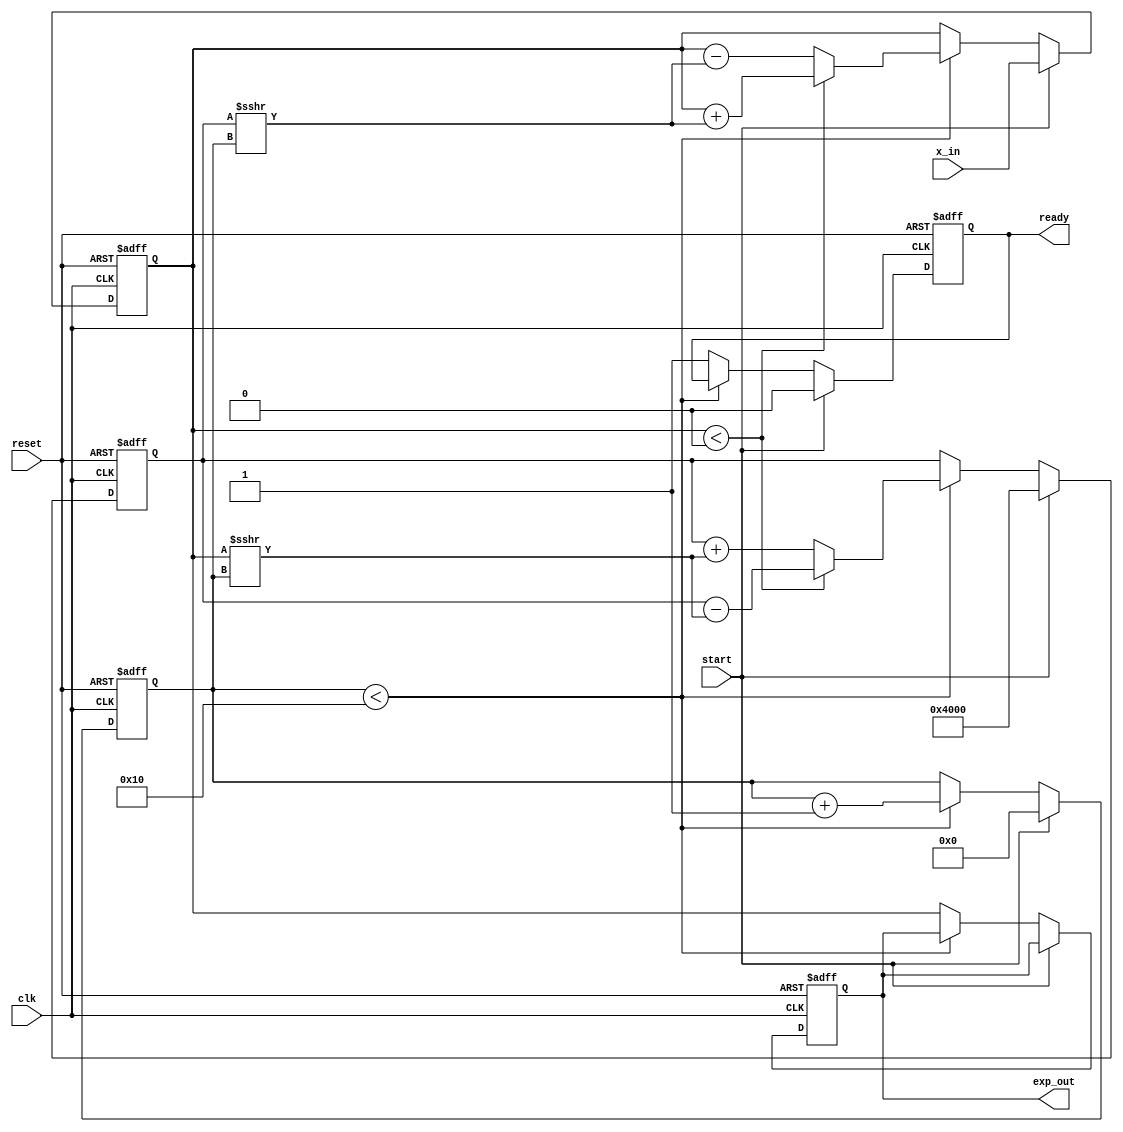
module cordic_exponential (
    input wire clk,
    input wire reset,
    input wire start,
    input wire [15:0] x_in, // Fixed-point input for x
    output reg [15:0] exp_out, // Fixed-point output for e^x
    output reg ready // Output ready signal
);

    // Parameters
    parameter NUM_ITERATIONS = 16; // Number of CORDIC iterations
    parameter FIXED_POINT_FRACTIONAL_BITS = 14; // Number of fractional bits
    parameter FIXED_POINT_SCALING_FACTOR = 16384; // 2^14

    // CORDIC angle lookup table (arctan values)
    reg [15:0] atan_table [0:NUM_ITERATIONS-1];
    initial begin
        atan_table[0] = 16'h0000; // atan(1) = 0
        atan_table[1] = 16'h3C90; // atan(0.5) = 26.565 degrees
        atan_table[2] = 16'h3A40; // atan(0.25) = 14.036 degrees
        atan_table[3] = 16'h3880; // atan(0.125) = 7.125 degrees
        // ... Fill in the rest of the atan_table
    end

    // Internal registers
    reg [15:0] x, y; // CORDIC coordinates
    reg [3:0] iteration; // Iteration counter
    reg [15:0] angle; // Current angle
    reg [15:0] scaling_factor; // Scaling factor

    // CORDIC algorithm implementation
    always @(posedge clk or posedge reset) begin
        if (reset) begin
            exp_out <= 16'b0;
            ready <= 1'b0;
            iteration <= 4'b0;
            x <= 16'b0;
            y <= FIXED_POINT_SCALING_FACTOR; // Start with y = 1
            scaling_factor <= FIXED_POINT_SCALING_FACTOR; // Initialize scaling factor
        end else if (start) begin
            // Load input value
            x <= x_in;
            y <= FIXED_POINT_SCALING_FACTOR; // Reset y to 1
            iteration <= 4'b0; // Reset iteration counter
            ready <= 1'b0; // Reset ready signal
        end else if (iteration < NUM_ITERATIONS) begin
            // CORDIC rotation
            angle <= atan_table[iteration];
            if (x < 0) begin
                // Rotate in the negative direction
                x <= x + (y >>> iteration);
                y <= y - (x >>> iteration);
            end else begin
                // Rotate in the positive direction
                x <= x - (y >>> iteration);
                y <= y + (x >>> iteration);
            end
            iteration <= iteration + 1; // Increment iteration counter
        end else begin
            // Final output calculation
            exp_out <= x; // Output the computed value
            ready <= 1'b1; // Set ready signal
        end
    end

endmodule